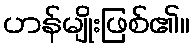
ဟန်မျိုးဖြစ်၏။